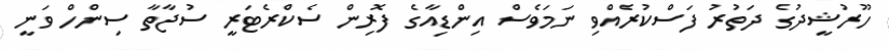
ހޫރުޝީދުގެ ދަތުރު ފަސްކުރެއްވި ނަމަވެސް އިންޑިއާގެ ފޮރިން ސެކްރެޓަރީ ސުޖާތާ ސިންހް ވަނީ